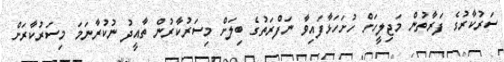
ސަރުކާރުގެ ފަރާތުން މަޖިލީހަށް ހުށަހަޅާފައިވާ ނަފްރަތުގެ ބިލަށް މިސަރުކާރުން ތާއީދު ނުކުރާނަމަ މިސަރުކާރަށް